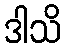
ဒါသိ